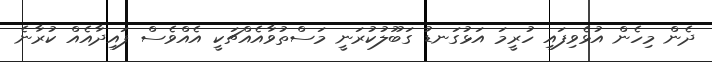
ދެން މިހެން އުޅެވިފައި ހުރީމަ އަޅުގަނޑު ގަބޫލުކުރަނީ މަސްތުވާއެއްޗަކީ އެއްވެސް ފައިދާއެއް ކުރާނެ